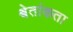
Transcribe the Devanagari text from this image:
श्वेतांकता